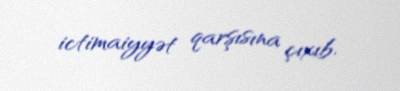
ictimaiyyət qarşısına çıxıb.